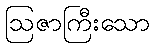
ဩဇာကြီးသော